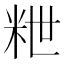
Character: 𥹑